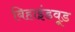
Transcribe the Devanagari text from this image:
बिहाइंडवूड